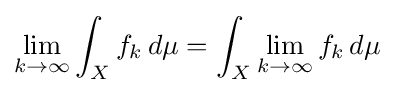
\displaystyle \lim _{k\to \infty }\int _{X}f_{k}\,d\mu =\int _{X}\lim _{k\to \infty }f_{k}\,d\mu